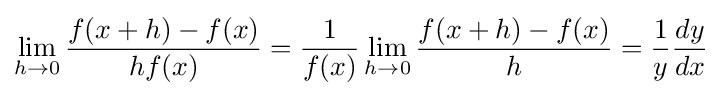
\lim _{h\rightarrow 0}{\frac {f(x+h)-f(x)}{hf(x)}}={\frac {1}{f(x)}}\lim _{h\rightarrow 0}{\frac {f(x+h)-f(x)}{h}}={\frac {1}{y}}{\frac {dy}{dx}}